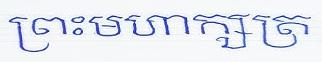
ព្រះមហាក្សត្រ